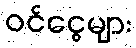
ဝင်ငွေများ